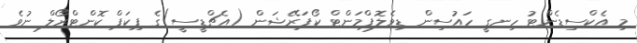
މި އެކްސިޑެންޓު ހިނގީ ހައުސިން ޑިވެލޮޕްމަންޓް ކޯޕަރޭޝަން (އެޗްޑީސީ)ގެ ޕިކަޕް ކޮންޓްރޯލް ނުވެ